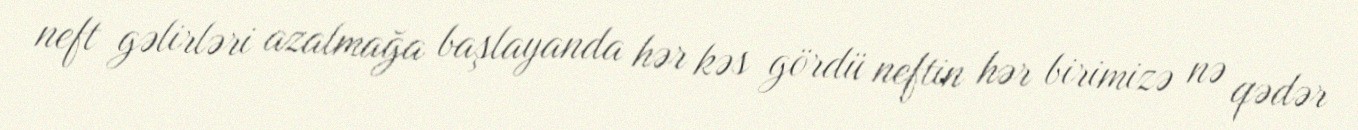
neft gəlirləri azalmağa başlayanda hər kəs gördü neftin hər birimizə nə qədər